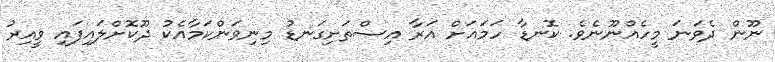
ނޫން ދެވަނަ މީހެއްނޫނެވެ. ކޮނޑާ ހަމައަށް އަރާ އިސްތަށިގަނޑު މިނިވަންކަމާއެކު ދޫކޮށްލައިފައި ވީއިރު